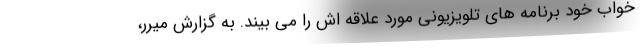
خواب خود برنامه های تلویزیونی مورد علاقه اش را می بیند. به گزارش میرر،